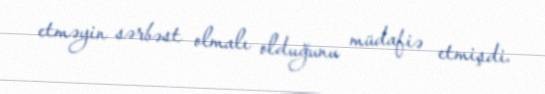
etməyin sərbəst olmalı olduğunu müdafiə etmişdi.